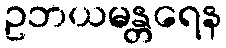
ဥဘယမန္တရေန